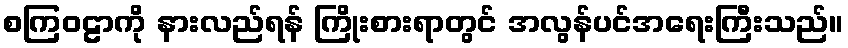
စကြဝဠာကို နားလည်ရန် ကြိုးစားရာတွင် အလွန်ပင်အရေးကြီးသည်။